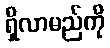
ရှိလာမည်ကို